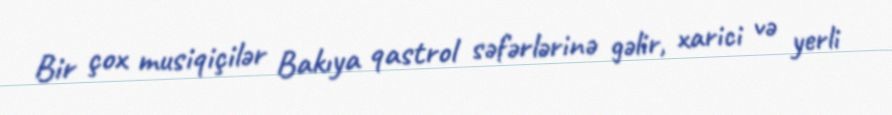
Bir çox musiqiçilər Bakıya qastrol səfərlərinə gəlir, xarici və yerli